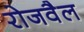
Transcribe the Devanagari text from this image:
रोजवैल